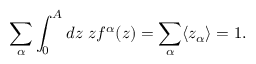
\sum _ { \alpha } \int _ { 0 } ^ { A } d z ~ z f ^ { \alpha } ( z ) = \sum _ { \alpha } \langle z _ { \alpha } \rangle = 1 .